Vital statistics of India. Vol. IV, Annual returns from 1871 to 1876. British Army of India, Native Army and jails of Bengal
Year: 1871
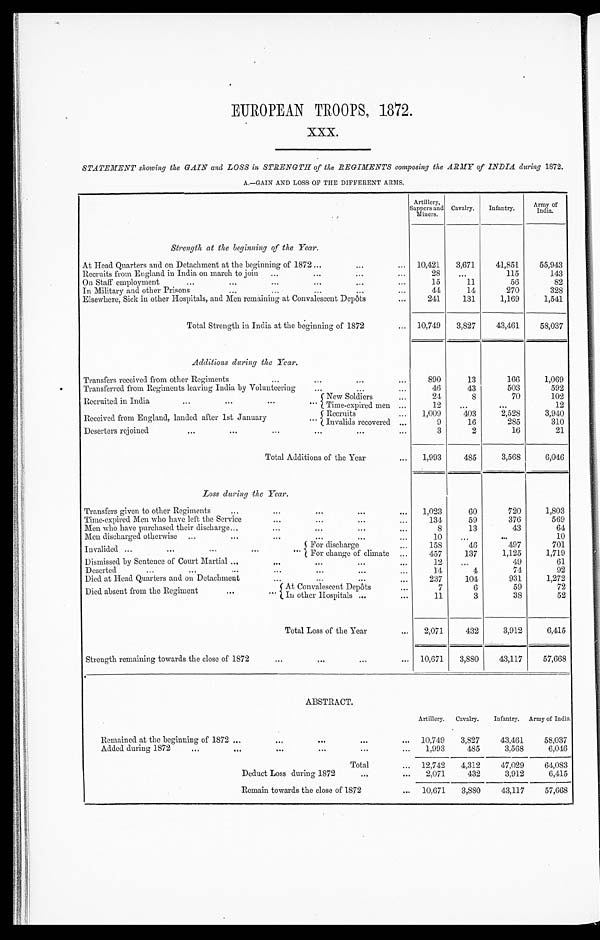
EUROPEAN TROOPS, 1872.
xxx.
STATEMENT showing the GAIN and LOSS in STRENGTH of the REGIMENTS composing the ARMY of INDIA during 1872.
A.—GAIN AND LOSS OF THE DIFFERENT ARMS.
Artillery,
Sappers and
Miners.
Cavalry.
Infantry.
Army of
India.
Strength at the beginning of the Year.
At Head Quarters and on Detachment at the beginning of 1872 ...
...
10,421
3,671
41,851
55,943
Recruits from England in India on march to join ...
... ...
28
...
115
143
On Staff employment
... ... ... ...
15
11
56
82
In Military and other Prisons
...
...
...
44
14
270
328
Elsewhere, Sick in other Hospitals, and Men remaining at Convalescent Depôts
...
241
131
1,169
1,541
Total Strength in India at the beginning of 1872
... 10,749
3,827
43,461
58,037
Additions during the Year.
Transfers received from other Regiments
...
...
... ...
890
13
166
1,069
Transferred from Regiments leaving India by Volunteering
...
...
...
46
43
503
592
Recruited in India ... ... ... ...
New Soldiers
24
8
70
102
Time-expired men ...
12
... ...
12
Received from England, landed after 1st January
... Recruits
1,009
403
2,528
3,940
Invalids recovered ...
9
16
285
310
Deserters rejoined
... ... ... ...
3
2
16
21
Total Additions of the Year
...
1,993
485
3,568
6,046
Loss during the Year.
Transfers given to other Regiments
...
...
...
...
...
1,023
60
720
1,803
Time-expired Men who have left the Service
...
...
...
134
59
376
569
Men who have purchased their discharge ...
...
...
8
13
43
64
Men discharged otherwise ...
... ... ...
10
...
...
10
Invalided ...
... ... ... ...
F o r d i s c h a r g e . . .
158
46
497
701
For change of climate ...
457
137
1,125
1,719
Dismissed by Sentence of Court Martial ...
...
12
...
49
61
Deserted
...
...
...
... ...
14
4
74
92
Died at Head Quarters and on Detachment
... ... 237
104
931
1,272
Died absent from the Regiment ...
... At Convalescent Depôts
...
7
6
59
72
In other Hospitals ...
...
11
3
38
52
Total Loss of the Year
...
2,071
432
3,912
6,415
Strength remaining towards the close of 1872
... ... ...
10,671
3,880
43,117
57,668
ABSTRACT.
Artillery. Cavalry. Infantry. Army of India.
Remained at the beginning of 1872 ...
... ...
... 10,749 3,827
43,461
58,037
Added during 1872
...
... ... ... ...
...
1,993
485
3,568
6,046
Total
... 12,742
4,312
47,029
64,083
Deduct Loss during 1872
...
2,071
432
3,912
6,415
Remain towards the close of 1872
... 10,671
3,880
43,117
57,668